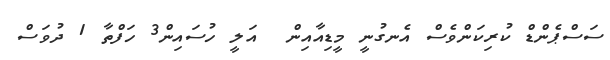
ސަސްޕެންޑް ކުރިކަންވެސް އެނގުނީ މީޑިއާއިން  އަލީ ހުސައިން3 ހަފްތާ 1 ދުވަސް